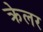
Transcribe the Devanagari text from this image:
क्रेलर